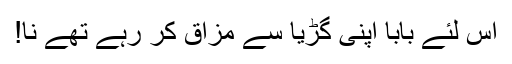
اس لئے بابا اپنی گڑیا سے مزاق کر رہے تھے نا!